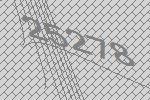
25278